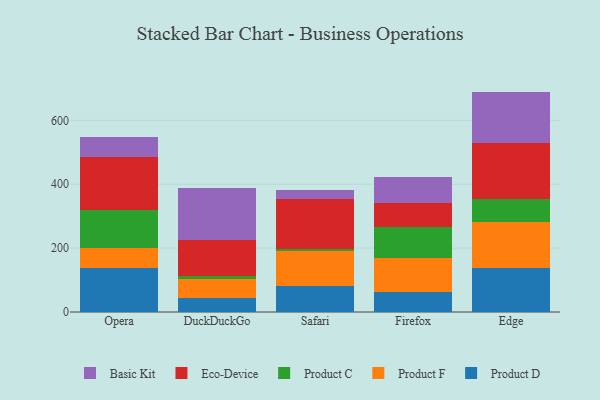
{"axis": {"x": "Browser", "y": "Latency (ms)"}, "legend": ["Basic Kit", "Eco-Device", "Product C", "Product D", "Product F"], "data": [{"x": "Opera", "y": 136.3, "type": "Product D"}, {"x": "Opera", "y": 65.0, "type": "Product F"}, {"x": "Opera", "y": 119.3, "type": "Product C"}, {"x": "Opera", "y": 165.8, "type": "Eco-Device"}, {"x": "Opera", "y": 61.2, "type": "Basic Kit"}, {"x": "DuckDuckGo", "y": 44.7, "type": "Product D"}, {"x": "DuckDuckGo", "y": 59.1, "type": "Product F"}, {"x": "DuckDuckGo", "y": 10.3, "type": "Product C"}, {"x": "DuckDuckGo", "y": 110.6, "type": "Eco-Device"}, {"x": "DuckDuckGo", "y": 163.7, "type": "Basic Kit"}, {"x": "Safari", "y": 82.5, "type": "Product D"}, {"x": "Safari", "y": 108.9, "type": "Product F"}, {"x": "Safari", "y": 5.7, "type": "Product C"}, {"x": "Safari", "y": 155.5, "type": "Eco-Device"}, {"x": "Safari", "y": 29.0, "type": "Basic Kit"}, {"x": "Firefox", "y": 62.9, "type": "Product D"}, {"x": "Firefox", "y": 107.3, "type": "Product F"}, {"x": "Firefox", "y": 97.4, "type": "Product C"}, {"x": "Firefox", "y": 74.8, "type": "Eco-Device"}, {"x": "Firefox", "y": 79.3, "type": "Basic Kit"}, {"x": "Edge", "y": 139.1, "type": "Product D"}, {"x": "Edge", "y": 142.4, "type": "Product F"}, {"x": "Edge", "y": 71.7, "type": "Product C"}, {"x": "Edge", "y": 177.1, "type": "Eco-Device"}, {"x": "Edge", "y": 159.6, "type": "Basic Kit"}]}